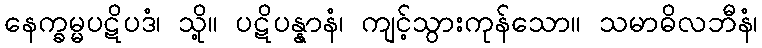
နေက္ခမ္မပဋိပဒံ၊ သို့။ ပဋိပန္နာနံ၊ ကျင့်သွားကုန်သော။ သမာဓိလဘီနံ၊